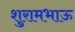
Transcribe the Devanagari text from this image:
शुरामभाऊ